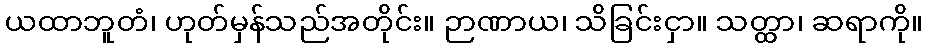
ယထာဘူတံ၊ ဟုတ်မှန်သည်အတိုင်း။ ဉာဏာယ၊ သိခြင်းငှာ။ သတ္ထာ၊ ဆရာကို။